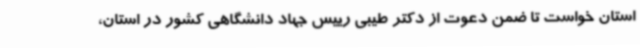
استان خواست تا ضمن دعوت از دکتر طیبی رییس جهاد دانشگاهی کشور در استان،